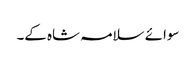
سوائے سلامہ شاہ کے۔